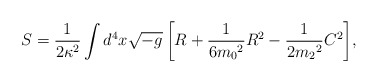
\begin{align*} S = \frac{1}{2\kappa^2} \int{ d^4x \sqrt{-g} \left[ R + \frac{1}{6{m_0}^2} R^2 - \frac{1}{2{m_2}^2} C^2 \right] },\end{align*}